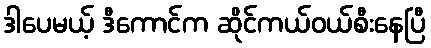
ဒါပေမယ့် ဒီကောင်က ဆိုင်ကယ်ဝယ်စီးနေပြီ